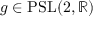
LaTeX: g \in \mathrm { { P S L } } ( 2 , \mathbb { R } )